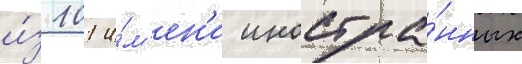
и́з 101 и́м'ен'и иностра́нных